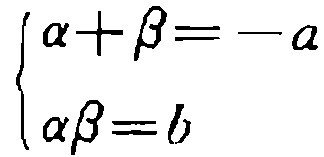
\[
\begin{cases}
\alpha+\beta=-a \\
\alpha\beta = b
\end{cases}
\]